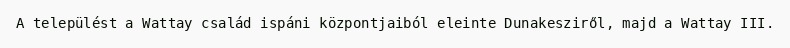
A települést a Wattay család ispáni központjaiból eleinte Dunakesziről, majd a Wattay III.